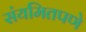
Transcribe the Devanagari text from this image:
संयमितपणे